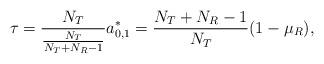
LaTeX: \begin{align*}\tau=\frac{N_T}{\frac{N_T}{N_T+N_R-1}}a^*_{0,1}=\frac{N_T+N_R-1}{N_T}(1-\mu_R),\end{align*}